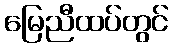
မြေညီထပ်တွင်